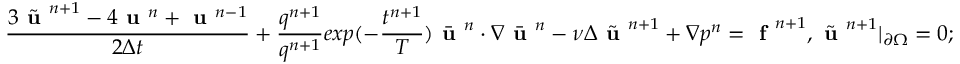
\frac { 3 \tilde { \textbf { u } } ^ { n + 1 } - 4 \textbf { u } ^ { n } + \textbf { u } ^ { n - 1 } } { 2 \Delta t } + \frac { q ^ { n + 1 } } { q ^ { n + 1 } } { { e x p } ( - \frac { t ^ { n + 1 } } { T } ) } \bar { \textbf { u } } ^ { n } \cdot \nabla \bar { \textbf { u } } ^ { n } - \nu \Delta \tilde { \textbf { u } } ^ { n + 1 } + \nabla p ^ { n } = \textbf { f } ^ { n + 1 } , \tilde { \textbf { u } } ^ { n + 1 } | _ { \partial \Omega } = 0 ;